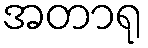
အတာရု